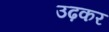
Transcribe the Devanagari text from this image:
उढ़कर